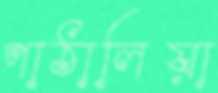
পাঠালিয়া